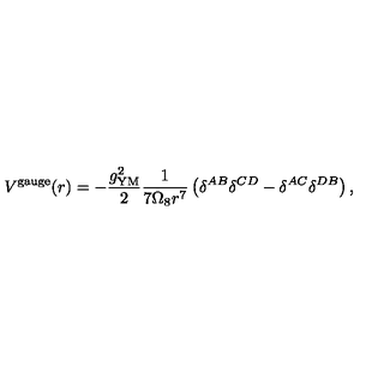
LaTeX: { V } ^ { \mathrm { g a u g e } } ( r ) = - \frac { g _ { \mathrm { Y M } } ^ { 2 } } { 2 } \frac { 1 } { 7 \Omega _ { 8 } r ^ { 7 } } \left( \delta ^ { A B } \delta ^ { C D } - \delta ^ { A C } \delta ^ { D B } \right) ,